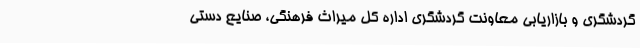
گردشگری و بازاریابی معاونت گردشگری اداره کل میراث فرهنگی، صنایع دستی